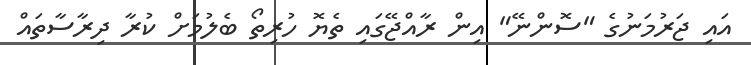
އައި ޖަރުމަނުގެ "ސޮންނޭ" އިން ރާއްޖޭގައި ތެޔޮ ހުރިތޯ ބެލުމަށް ކުރާ ދިރާސާތައް